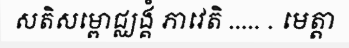
សតិសម្ពោជ្ឈង្គំ ភាវេតិ ..... . មេត្តា